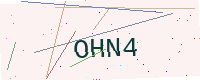
Text: OHN4